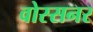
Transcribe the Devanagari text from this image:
वोस्सनर